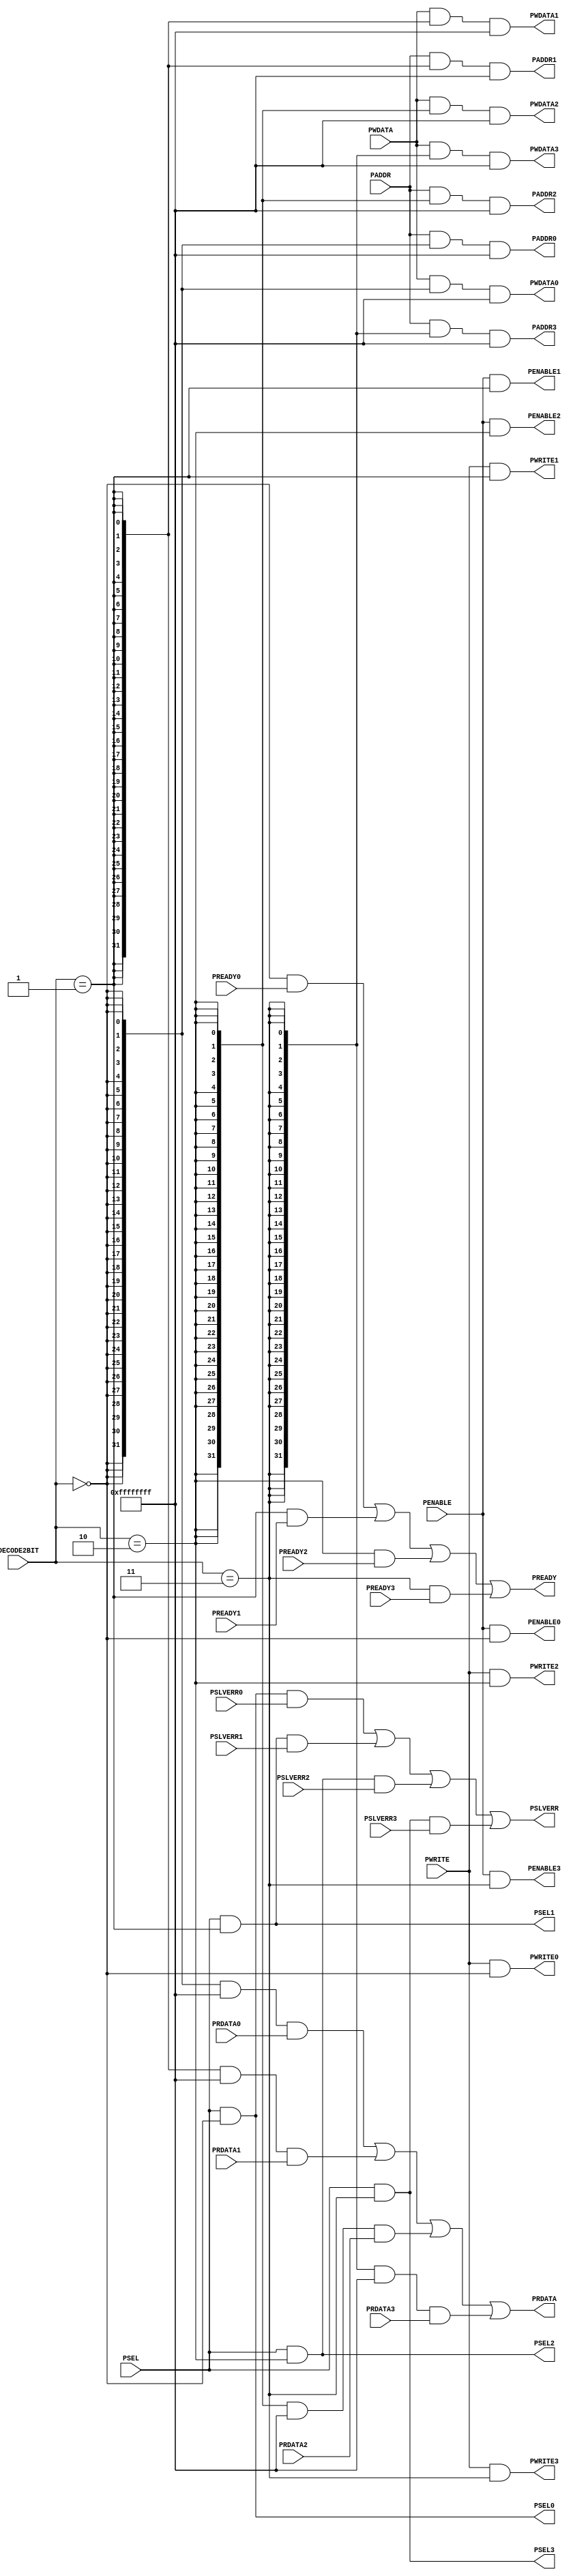
module apb_slave_mux 
#(
    parameter PORT0_ENABLE  = 1,
    parameter PORT1_ENABLE  = 1,
    parameter PORT2_ENABLE  = 1,
    parameter PORT3_ENABLE  = 1
)
(
    input   wire [ 1:0]  DECODE2BIT     ,
    input   wire [31:0]  PADDR          ,
    input   wire         PWRITE         ,
    input   wire         PSEL           ,
    input   wire         PENABLE        ,
    input   wire [31:0]  PWDATA         ,
    output  wire [31:0]  PRDATA         ,
    output  wire         PREADY         ,
    output  wire         PSLVERR        ,

    output  wire [31:0]  PADDR0         ,
    output  wire         PWRITE0        ,
    output  wire         PSEL0          ,
    output  wire         PENABLE0       ,
    output  wire [31:0]  PWDATA0        ,
    input   wire [31:0]  PRDATA0        ,
    input   wire         PREADY0        ,
    input   wire         PSLVERR0       ,
    
    output  wire [31:0]  PADDR1         ,
    output  wire         PWRITE1        ,
    output  wire         PSEL1          ,
    output  wire         PENABLE1       ,
    output  wire [31:0]  PWDATA1        ,
    input   wire [31:0]  PRDATA1        ,
    input   wire         PREADY1        ,
    input   wire         PSLVERR1       ,
    
    output  wire [31:0]  PADDR2         ,
    output  wire         PWRITE2        ,
    output  wire         PSEL2          ,
    output  wire         PENABLE2       ,
    output  wire [31:0]  PWDATA2        ,
    input   wire [31:0]  PRDATA2        ,
    input   wire         PREADY2        ,
    input   wire         PSLVERR2       ,
    
    output  wire [31:0]  PADDR3         ,
    output  wire         PWRITE3        ,
    output  wire         PSEL3          ,
    output  wire         PENABLE3       ,
    output  wire [31:0]  PWDATA3        ,
    input   wire [31:0]  PRDATA3        ,
    input   wire         PREADY3        ,
    input   wire         PSLVERR3
);

  wire [3:0] en  = {(PORT3_ENABLE == 1),(PORT2_ENABLE  == 1),
                    (PORT1_ENABLE == 1),(PORT0_ENABLE  == 1)};

  wire [3:0] dec = {(DECODE2BIT == 2'd3),(DECODE2BIT == 2'd2),
                    (DECODE2BIT == 2'd1),(DECODE2BIT == 2'd0)};

  assign PADDR0 = PADDR & {32{dec[0]}} & {32{en[0]}};
  assign PADDR1 = PADDR & {32{dec[1]}} & {32{en[1]}};
  assign PADDR2 = PADDR & {32{dec[2]}} & {32{en[2]}};
  assign PADDR3 = PADDR & {32{dec[3]}} & {32{en[3]}};

  assign PWRITE0 = PWRITE & dec[0] & en[0];
  assign PWRITE1 = PWRITE & dec[1] & en[1];
  assign PWRITE2 = PWRITE & dec[2] & en[2];
  assign PWRITE3 = PWRITE & dec[3] & en[3];

  assign PSEL0 = PSEL & dec[0] & en[0];
  assign PSEL1 = PSEL & dec[1] & en[1];
  assign PSEL2 = PSEL & dec[2] & en[2];
  assign PSEL3 = PSEL & dec[3] & en[3];

  assign PENABLE0 = PENABLE & dec[0] & en[0];
  assign PENABLE1 = PENABLE & dec[1] & en[1];
  assign PENABLE2 = PENABLE & dec[2] & en[2];
  assign PENABLE3 = PENABLE & dec[3] & en[3];

  assign PWDATA0 = PWDATA & {32{dec[0]}} & {32{en[0]}};
  assign PWDATA1 = PWDATA & {32{dec[1]}} & {32{en[1]}};
  assign PWDATA2 = PWDATA & {32{dec[2]}} & {32{en[2]}};
  assign PWDATA3 = PWDATA & {32{dec[3]}} & {32{en[3]}};

  assign PRDATA  = ({32{dec[0]}} & {32{en[0]}} & PRDATA0) |
                   ({32{dec[1]}} & {32{en[1]}} & PRDATA1) |
                   ({32{dec[2]}} & {32{en[2]}} & PRDATA2) |
                   ({32{dec[3]}} & {32{en[3]}} & PRDATA3);
                   
  assign PREADY  = //~PSEL |
                   (dec[0] & (PREADY0 | ~en[0])) |
                   (dec[1] & (PREADY1 | ~en[1])) |
                   (dec[2] & (PREADY2 | ~en[2])) |
                   (dec[3] & (PREADY3 | ~en[3]));

  assign PSLVERR = (PSEL0 & PSLVERR0) |
                   (PSEL1 & PSLVERR1) |
                   (PSEL2 & PSLVERR2) |
                   (PSEL3 & PSLVERR3);



endmodule